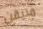
متيقن